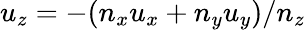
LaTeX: u_{z}=-(n_{x}u_{x}+n_{y}u_{y})/n_{z}